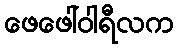
ဖေဖေါ်ဝါရီလက